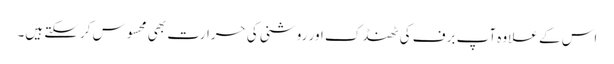
اس کے علاوہ آپ برف کی ٹھنڈک اور روشنی کی حرارت بھی محسوس کرسکتے ہیں۔